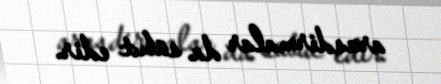
arasdirmalar da sübut edir.